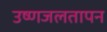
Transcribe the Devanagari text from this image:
उष्णजलतापन